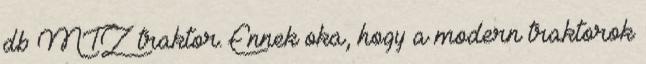
db MTZ traktor. Ennek oka, hogy a modern traktorok